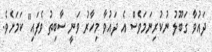
ދައުވާ ގަބޫލު ނުކުރިނަމަވެސް އެ ދައުވާ މިހާރު ވަނީ ސާބިތު ވެފައި" ކަމަށެވެ.